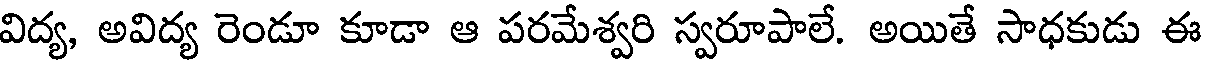
విద్య, అవిద్య రెండూ కూడా ఆ పరమేశ్వరి స్వరూపాలే. అయితే సాధకుడు ఈ